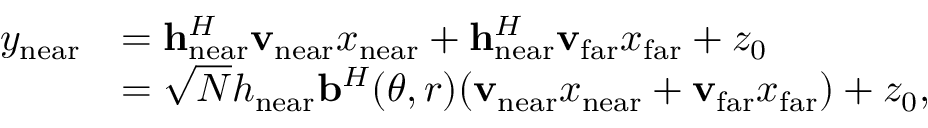
\begin{array} { r l } { y _ { \mathrm { n e a r } } } & { = \mathbf { h } _ { \mathrm { n e a r } } ^ { H } \mathbf { v } _ { \mathrm { n e a r } } x _ { \mathrm { n e a r } } + \mathbf { h } _ { \mathrm { n e a r } } ^ { H } \mathbf { v } _ { \mathrm { f a r } } x _ { \mathrm { f a r } } + z _ { 0 } } \\ & { = \sqrt { N } h _ { \mathrm { n e a r } } \mathbf { b } ^ { H } ( \theta , r ) ( \mathbf { v } _ { \mathrm { n e a r } } x _ { \mathrm { n e a r } } + \mathbf { v } _ { \mathrm { f a r } } x _ { \mathrm { f a r } } ) + z _ { 0 } , } \end{array}